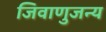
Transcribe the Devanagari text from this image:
जिवाणुजन्य